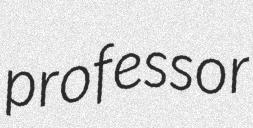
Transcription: professor